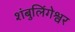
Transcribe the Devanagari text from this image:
शंबुलिंगेश्वर